Document type: Oath
Year: 1447
Scribe: Pere Figuerola
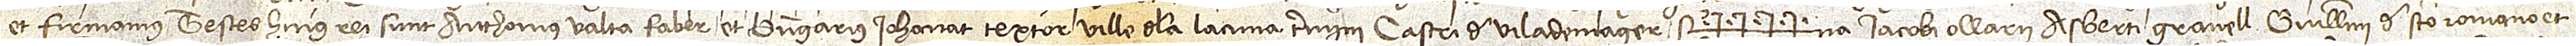
et firmamus. Testes huius rei sunt: Anthonius Valta, faber, et Berengarius Iohanot, textor ville de la Lacuna, termini castri de Vilademager.  Sig++++na Iacobi Ollarii, Asberti Granell, Guillelmi de Sancto Romano et